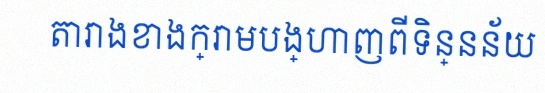
តារាងខាងក្រោមបង្ហាញពីទិន្នន័យ